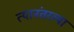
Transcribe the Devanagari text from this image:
त्यानंतरव्या